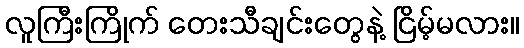
လူကြီးကြိုက် တေးသီချင်းတွေနဲ့ ငြိမ့်မလား။